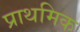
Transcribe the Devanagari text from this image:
प्राथमिक